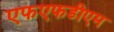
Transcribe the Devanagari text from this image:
एफएफडीएम